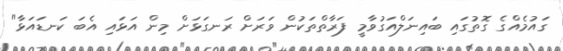
ގައުމެއްގެ ގޮތުގައި ބައިނަލްއަގުވާމީ ފަރާތްތަކުން ވަރަށް ރަނގަޅަށް މިން އަޅައި އެބަ ކަނޑައަޅާ"